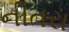
નીતરા